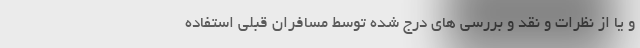
و یا از نظرات و نقد و بررسی های درج شده توسط مسافران قبلی استفاده